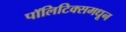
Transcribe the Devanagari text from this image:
पॉलिटिक्समधून